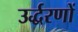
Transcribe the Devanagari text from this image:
उर्द्धरणों